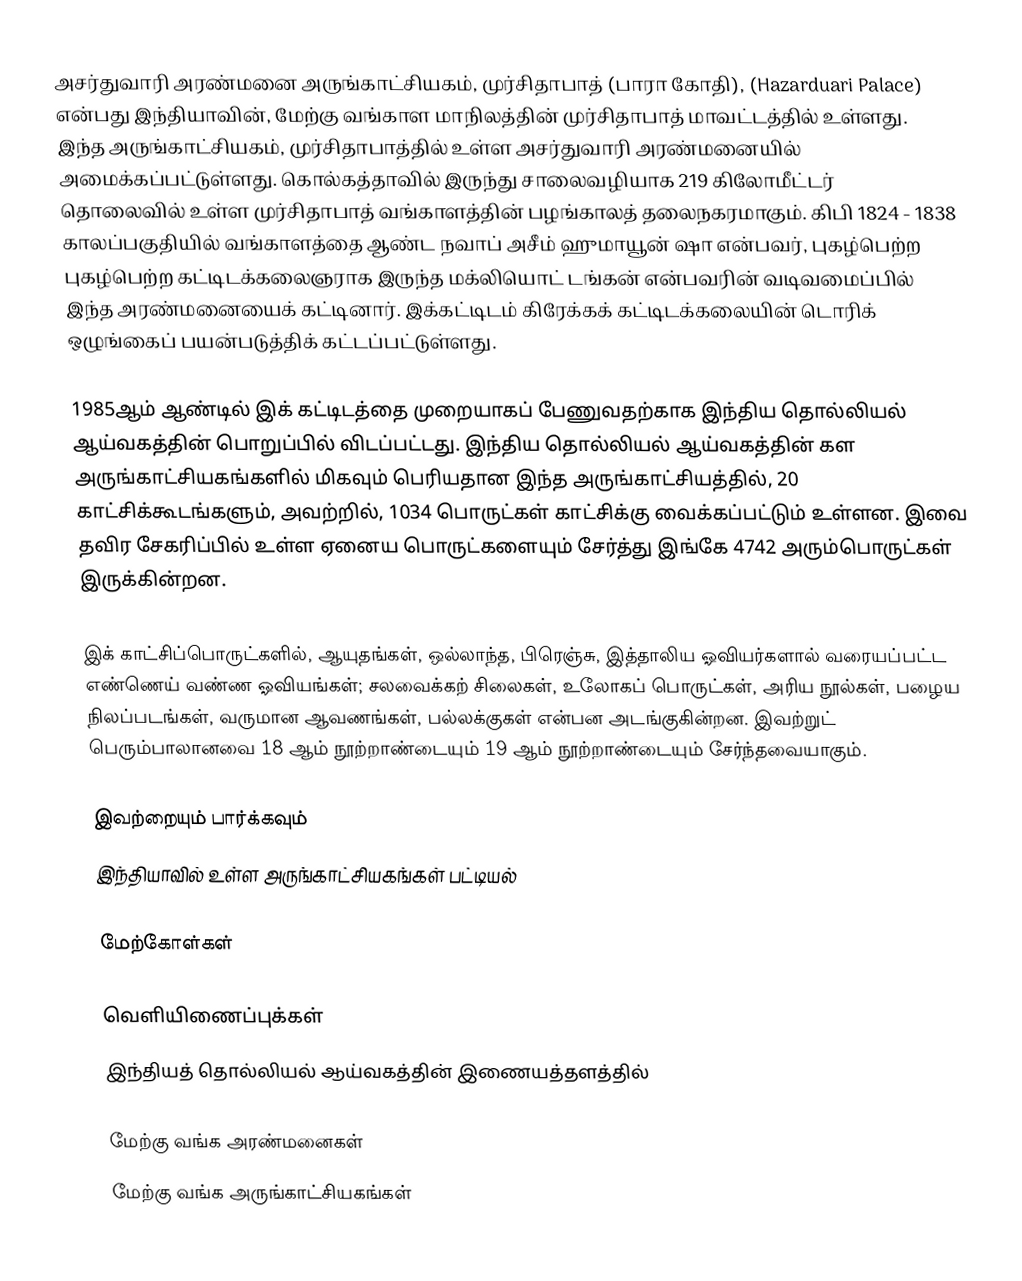
அசர்துவாரி அரண்மனை அருங்காட்சியகம், முர்சிதாபாத் (பாரா கோதி), (Hazarduari Palace) என்பது இந்தியாவின், மேற்கு வங்காள மாநிலத்தின் முர்சிதாபாத் மாவட்டத்தில் உள்ளது. இந்த அருங்காட்சியகம்,  முர்சிதாபாத்தில் உள்ள அசர்துவாரி அரண்மனையில் அமைக்கப்பட்டுள்ளது. கொல்கத்தாவில் இருந்து சாலைவழியாக 219 கிலோமீட்டர் தொலைவில் உள்ள முர்சிதாபாத் வங்காளத்தின் பழங்காலத் தலைநகரமாகும். கிபி 1824 - 1838 காலப்பகுதியில் வங்காளத்தை ஆண்ட நவாப் அசீம் ஹுமாயூன் ஷா என்பவர், புகழ்பெற்ற புகழ்பெற்ற கட்டிடக்கலைஞராக இருந்த மக்லியொட் டங்கன் என்பவரின் வடிவமைப்பில் இந்த அரண்மனையைக் கட்டினார். இக்கட்டிடம் கிரேக்கக் கட்டிடக்கலையின் டொரிக் ஒழுங்கைப் பயன்படுத்திக் கட்டப்பட்டுள்ளது.

1985ஆம் ஆண்டில் இக் கட்டிடத்தை முறையாகப் பேணுவதற்காக இந்திய தொல்லியல் ஆய்வகத்தின் பொறுப்பில் விடப்பட்டது. இந்திய தொல்லியல் ஆய்வகத்தின் கள அருங்காட்சியகங்களில் மிகவும் பெரியதான இந்த அருங்காட்சியத்தில், 20 காட்சிக்கூடங்களும், அவற்றில், 1034 பொருட்கள் காட்சிக்கு வைக்கப்பட்டும் உள்ளன. இவை தவிர சேகரிப்பில் உள்ள ஏனைய பொருட்களையும் சேர்த்து இங்கே 4742 அரும்பொருட்கள் இருக்கின்றன.

இக் காட்சிப்பொருட்களில், ஆயுதங்கள், ஒல்லாந்த, பிரெஞ்சு, இத்தாலிய ஓவியர்களால் வரையப்பட்ட எண்ணெய் வண்ண ஓவியங்கள்; சலவைக்கற் சிலைகள், உலோகப் பொருட்கள், அரிய நூல்கள், பழைய நிலப்படங்கள், வருமான ஆவணங்கள், பல்லக்குகள் என்பன அடங்குகின்றன. இவற்றுட் பெரும்பாலானவை 18 ஆம் நூற்றாண்டையும் 19 ஆம் நூற்றாண்டையும் சேர்ந்தவையாகும்.

இவற்றையும் பார்க்கவும்
 இந்தியாவில் உள்ள அருங்காட்சியகங்கள் பட்டியல்

மேற்கோள்கள்

வெளியிணைப்புக்கள்
 இந்தியத் தொல்லியல் ஆய்வகத்தின் இணையத்தளத்தில்

மேற்கு வங்க அரண்மனைகள்
மேற்கு வங்க அருங்காட்சியகங்கள்